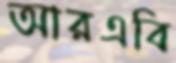
আরএবি